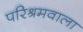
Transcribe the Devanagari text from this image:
परिश्रमवाला